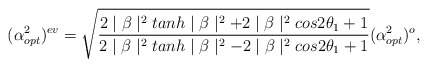
\begin{align*}(\alpha^{2}_{opt})^{ev}=\sqrt{\frac{2\mid\beta\mid^{2}tanh\mid\beta\mid^{2}+2\mid\beta\mid^{2}cos2\theta_{1}+1}{2\mid\beta\mid^{2}tanh\mid\beta\mid^{2}-2\mid\beta\mid^{2}cos2\theta_{1}+1}}(\alpha^{2}_{opt})^{o},\end{align*}